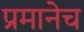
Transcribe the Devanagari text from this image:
प्रमानेच